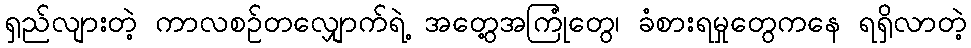
ရှည်လျားတဲ့ ကာလစဉ်တလျှောက်ရဲ့ အတွေ့အကြုံတွေ၊ ခံစားရမှုတွေကနေ ရရှိလာတဲ့